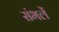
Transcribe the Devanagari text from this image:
संभलें